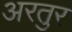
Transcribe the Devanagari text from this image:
अरतुर